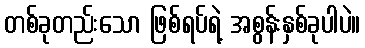
တစ်ခုတည်းသော ဖြစ်ရပ်ရဲ့ အစွန်းနှစ်ခုပါပဲ။